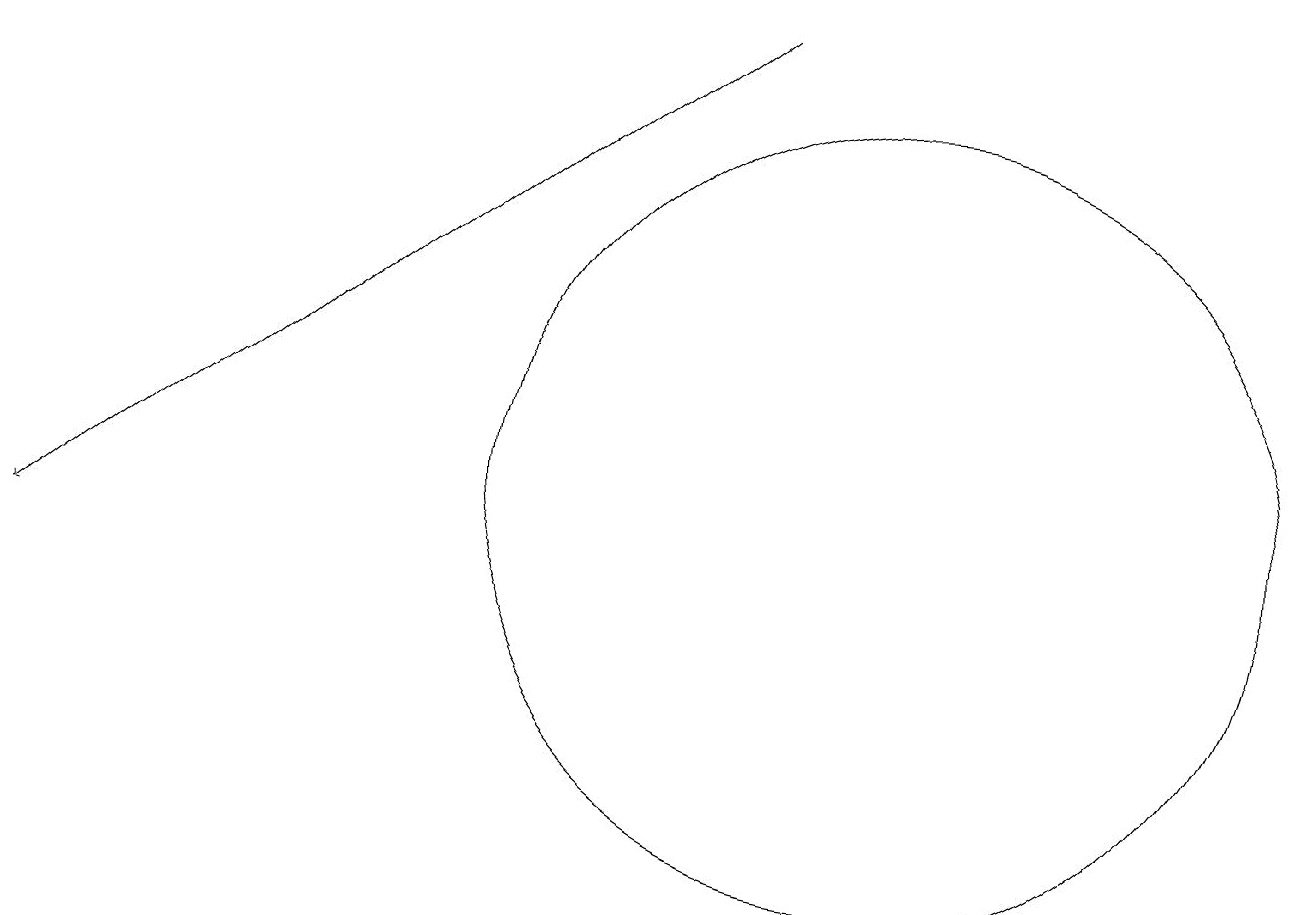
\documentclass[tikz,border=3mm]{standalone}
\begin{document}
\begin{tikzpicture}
\draw[->] (9,18) -- (0,11);
\draw (11,12) circle (5);
\draw (12,10) circle (0);
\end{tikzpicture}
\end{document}